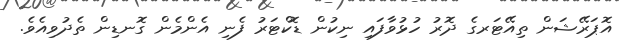
އޮޕަރޭޝަން ތިއޭޓަރގެ ދޮރު ހުޅުވާފައި ނިކުން ޑޮކްޓަރު ފެނި އެންމެން ގޮނޑިން ތެދުވިއެވެ.